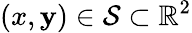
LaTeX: (x,\mathbf{y})\in\mathcal{{S}}\subset\mathbb{{R}}^{2}